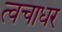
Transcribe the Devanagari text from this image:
त्वचाधर